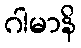
ဂါမာနိ